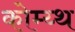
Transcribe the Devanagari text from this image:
कोम्य्थ